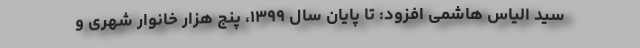
سید الیاس هاشمی افزود: تا پایان سال ۱۳۹۹، پنج هزار خانوار شهری و